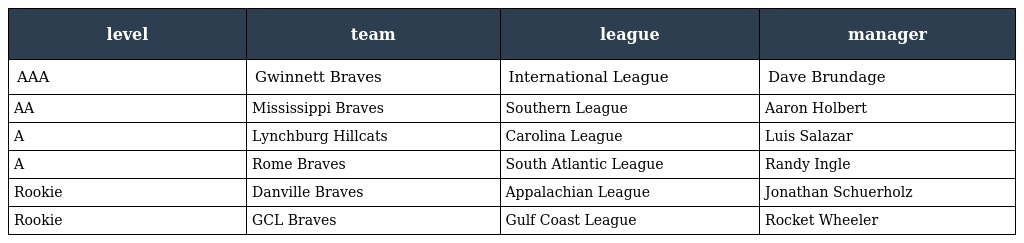
| level | team | league | manager |
 | --- | --- | --- | --- |
 | AAA | Gwinnett Braves | International League | Dave Brundage |
 | AA | Mississippi Braves | Southern League | Aaron Holbert |
 | A | Lynchburg Hillcats | Carolina League | Luis Salazar |
 | A | Rome Braves | South Atlantic League | Randy Ingle |
 | Rookie | Danville Braves | Appalachian League | Jonathan Schuerholz |
 | Rookie | GCL Braves | Gulf Coast League | Rocket Wheeler |